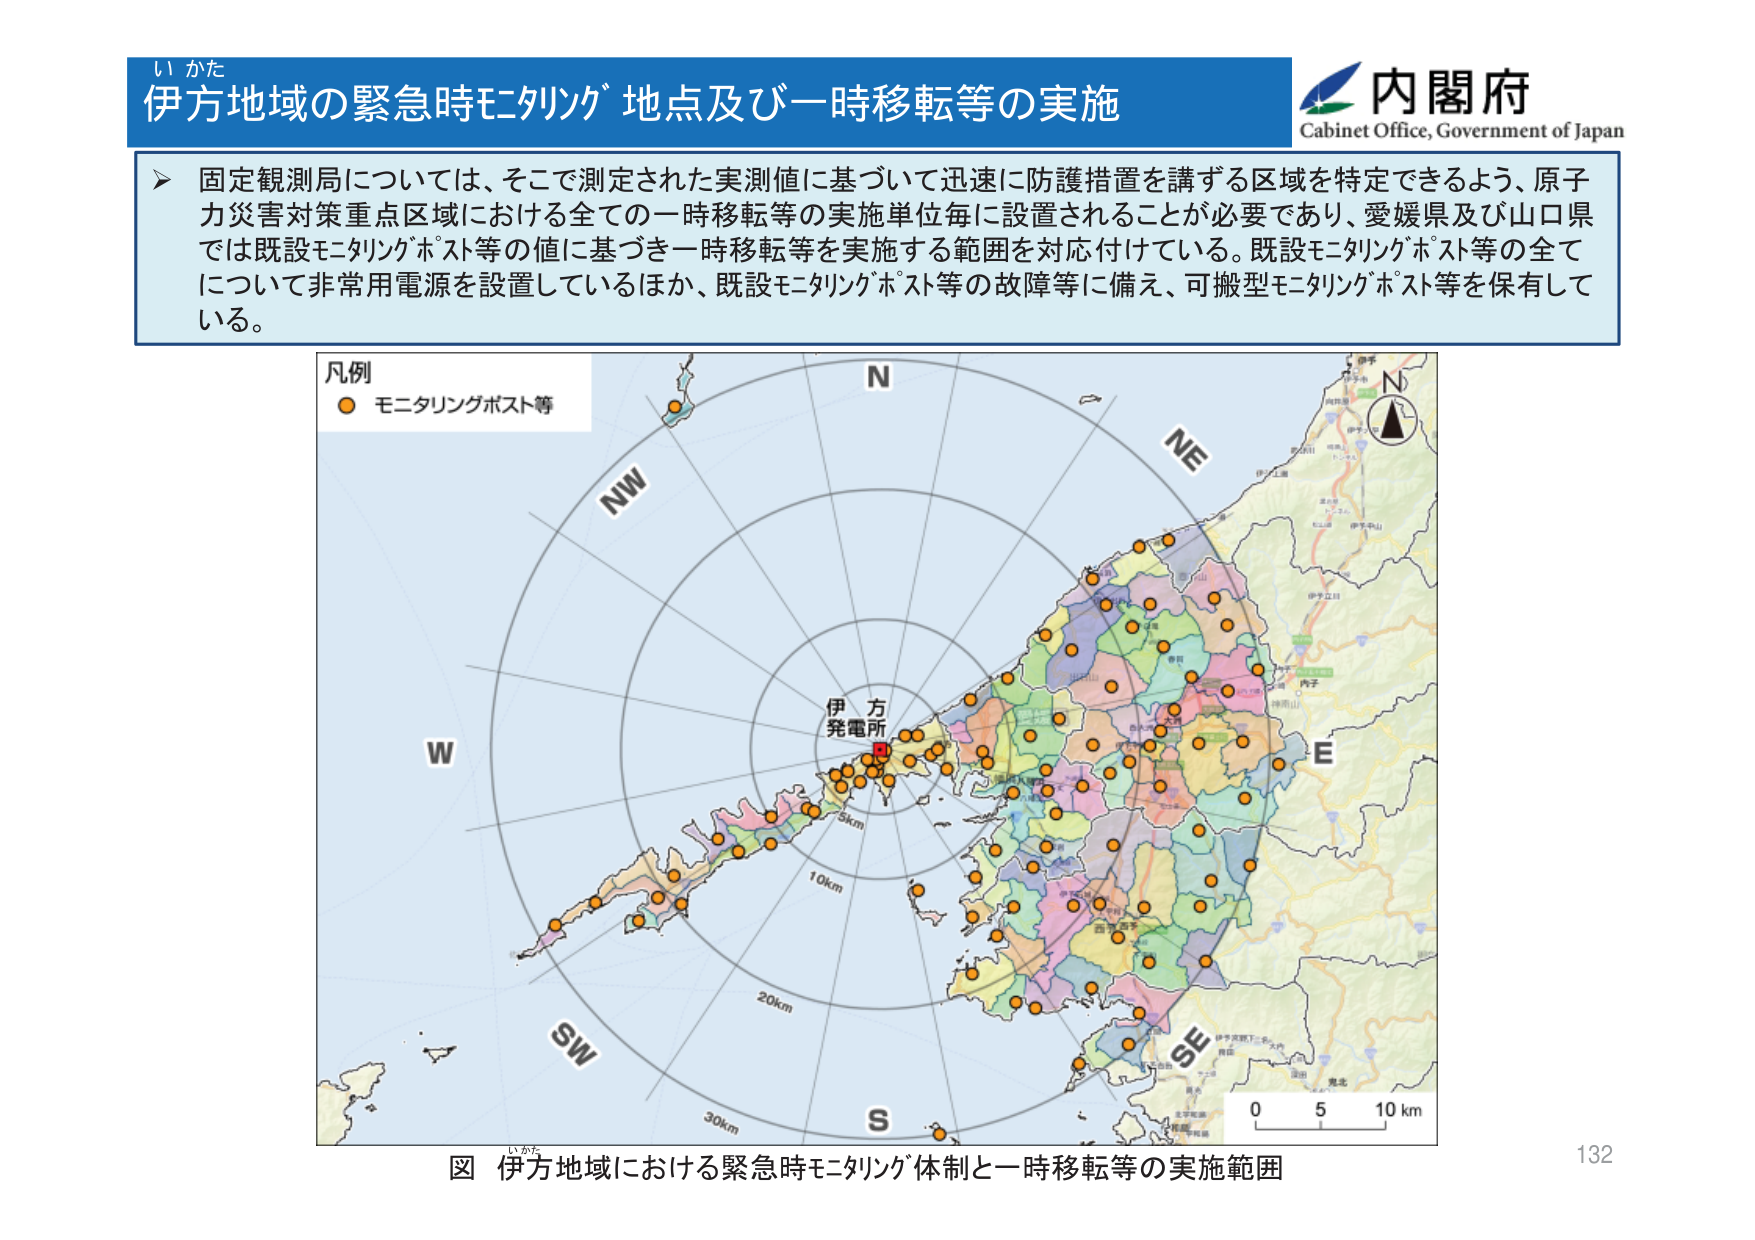
い かた
伊方地域の緊急時モニタリング地点及び一時移転等の実施
内閣府
Cabinet Office, Government of Japan

➤ 固定観測局については、そこで測定された実測値に基づいて迅速に防護措置を講ずる区域を特定できるよう、原子力災害対策重点区域における全ての一時移転等の実施単位毎に設置されることが必要であり、愛媛県及び山口県では既設モニタリングポスト等の値に基づき一時移転等を実施する範囲を対応付けている。既設モニタリングポスト等の全てについて非常用電源を設置しているほか、既設モニタリングポスト等の故障等に備え、可搬型モニタリングポスト等を保有している。

凡例
● モニタリングポスト等

N
NE
E
SE
S
SW
W
NW

伊方発電所
5km
10km
20km
30km

0 5 10 km

図 伊方地域における緊急時モニタリング体制と一時移転等の実施範囲
132